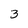
Character: 3